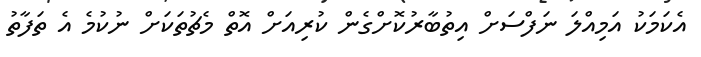
އެކަމަކު އަމިއްލަ ނަފްސަށް އިތުބާރުކޮށްގެން ކުރިއަށް އޮތް މެޗުތަކަށް ނުކުމެ އެ ތަފާތު